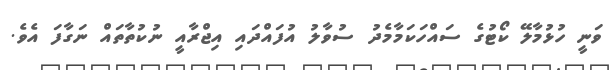
ވަނީ ހުޅުމާލޭ ކޯޓުގެ ސައްހަކަމާމެދު ސުވާލު އުފައްދައި އިޖްރާއީ ނުކުތާތައް ނަގާފަ އެވެ.